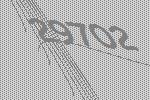
29702